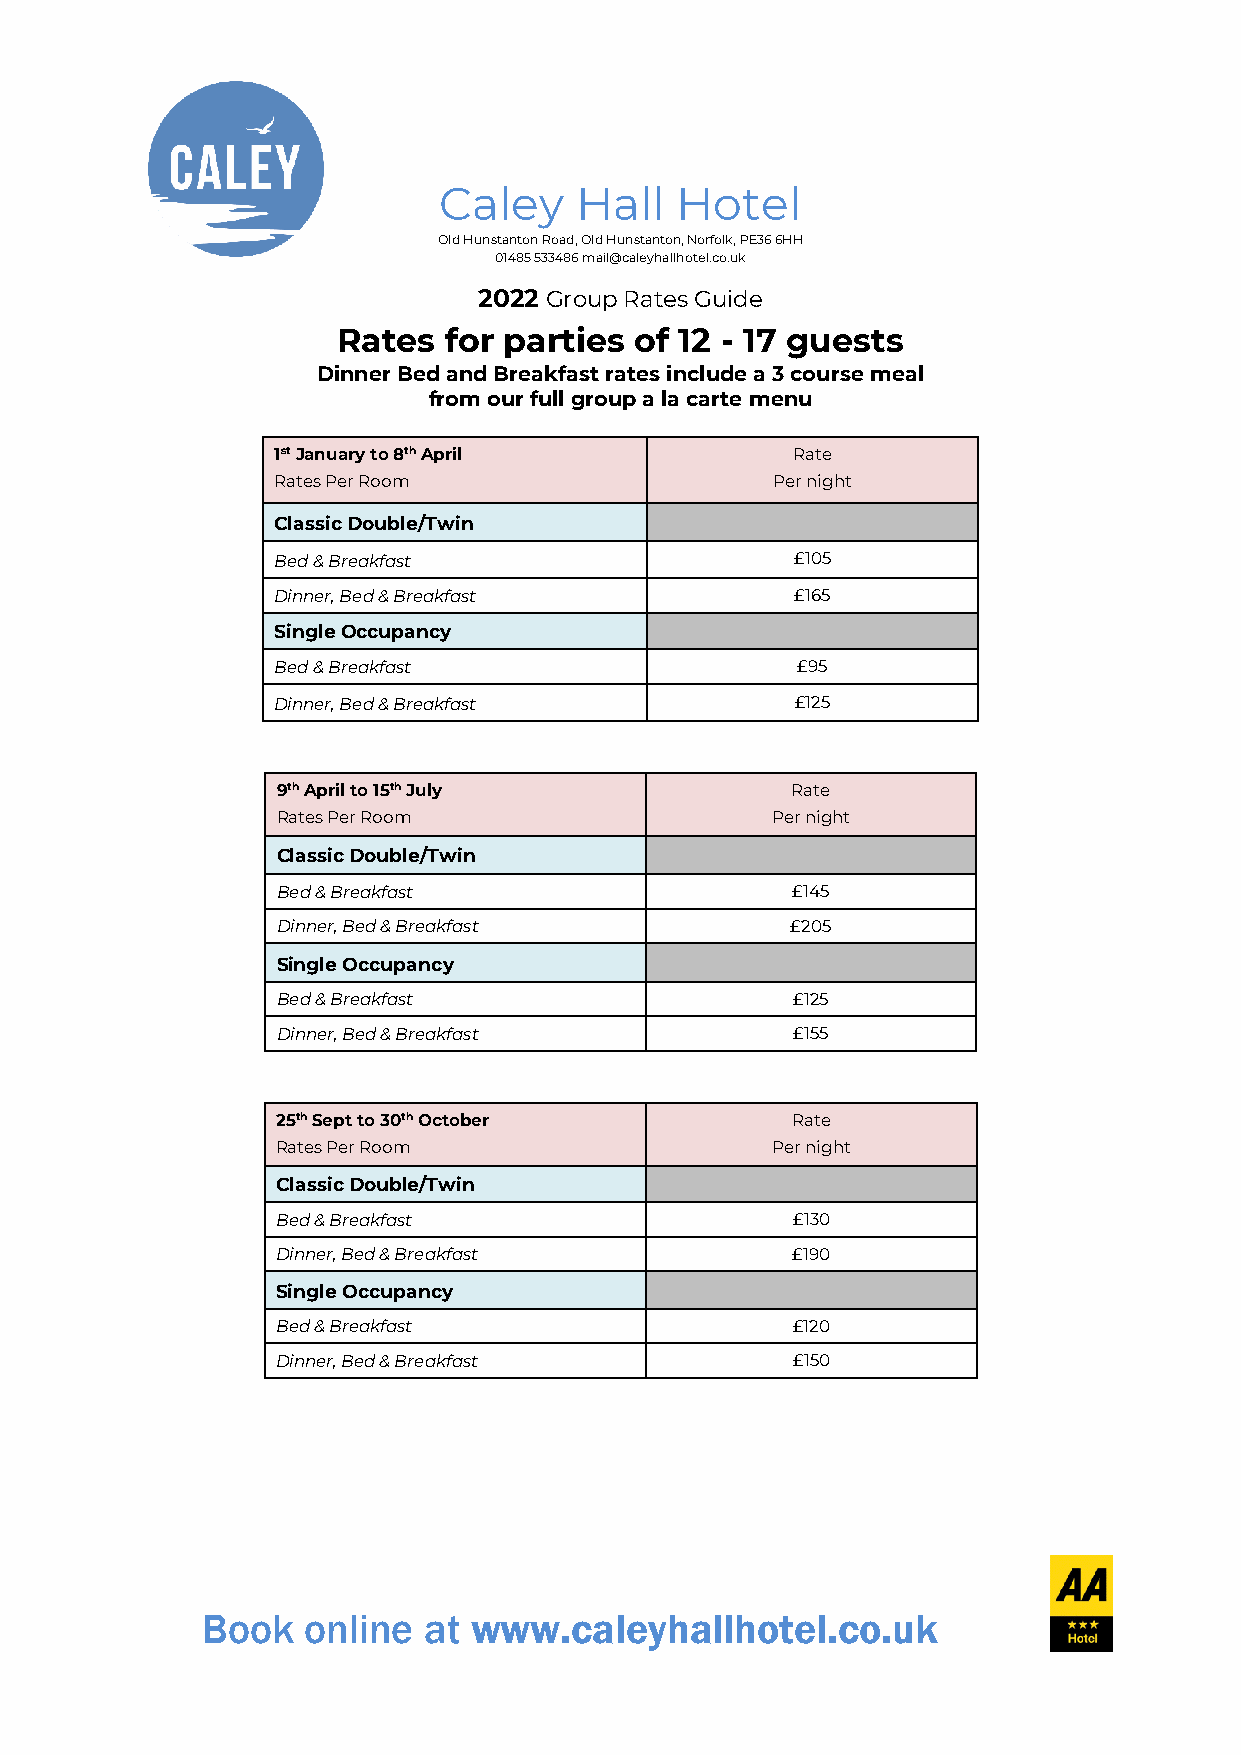
Caley    Hall   Hotel
 Old Hunstanton Road, Old Hunstanton, Norfolk, PE36 6HH
 01485 533486 mail@caleyhallhotel.co.uk
 2022 Group Rates Guide
 Rates  for parties  of 12 - 17 guests
 Dinner Bed and Breakfast rates include a 3 course meal
 from our full group a la carte menu
 1st January to 8th April          Rate
 Rates Per Room                   Per night
 Classic Double/Twin
 Bed & Breakfast                    £105
 Dinner, Bed & Breakfast            £165
 Single Occupancy
 Bed & Breakfast                    £95
 Dinner, Bed & Breakfast            £125
 9th April to 15th July            Rate
 Rates Per Room                   Per night
 Classic Double/Twin
 Bed & Breakfast                   £145
 Dinner, Bed & Breakfast           £205
 Single Occupancy
 Bed & Breakfast                   £125
 Dinner, Bed & Breakfast           £155
 25th Sept to 30th October         Rate
 Rates Per Room                   Per night
 Classic Double/Twin
 Bed & Breakfast                   £130
 Dinner, Bed & Breakfast           £190
 Single Occupancy
 Bed & Breakfast                   £120
 Dinner, Bed & Breakfast           £150
 Book   online  at www.caleyhallhotel.co.uk